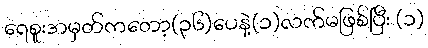
ရေစူးအမှတ်ကတော့(၃၆)ပေနဲ့(၁)လက်မဖြစ်ပြီး (၁)